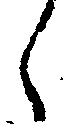
候